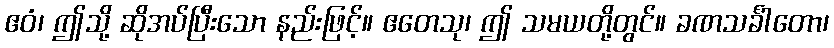
ဧဝံ၊ ဤသို့ ဆိုအပ်ပြီးသော နည်းဖြင့်။ ဧတေသု၊ ဤ သမယတို့တွင်။ ခဏသင်္ခါတော၊